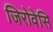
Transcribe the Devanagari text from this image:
जिरोवेसि